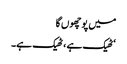
میں پوچھوں گا
‘ٹھیک ہے ، ٹھیک ہے۔